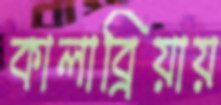
কালাব্রিয়ায়